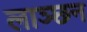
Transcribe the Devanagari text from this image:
लाञ्छन